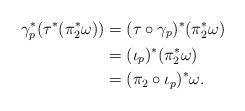
LaTeX: \begin{align*}\gamma_p^\ast(\tau^\ast(\pi^\ast_2\omega))&=(\tau\circ \gamma_p)^\ast(\pi^\ast_2\omega)\\&=(\iota_p)^\ast(\pi^\ast_2\omega)\\&=(\pi_2\circ \iota_p)^\ast\omega.\end{align*}